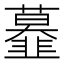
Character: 𩐍